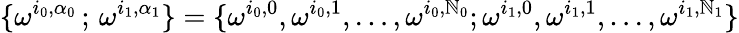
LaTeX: \{ \omega^{i_{0},\alpha_{0}}\, ;\, \omega^{i_{1},\alpha_{1}}\} =\{ \omega^{i_{0},0},\omega^{i_{0},1},\ldots,\omega^{i_{0},\mathbb{N}_{0}};\omega^{i_{1},0},\omega^{i_{1},1},\ldots,\omega^{i_{1},\mathbb{N}_{1}}\}